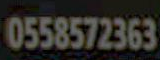
0558572363